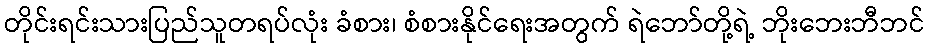
တိုင်းရင်းသားပြည်သူတရပ်လုံး ခံစား၊ စံစားနိုင်ရေးအတွက် ရဲဘော်တို့ရဲ့ ဘိုးဘေးဘီဘင်